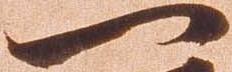
一